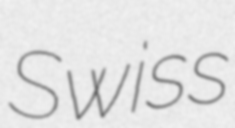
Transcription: Swiss